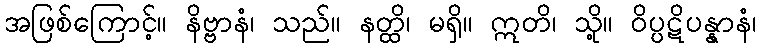
အဖြစ်ကြောင့်။ နိဗ္ဗာနံ၊ သည်။ နတ္ထိ၊ မရှိ။ ဣတိ၊ သို့။ ဝိပ္ပဋိပန္နာနံ၊